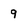
Character: 9